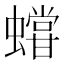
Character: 𧒩